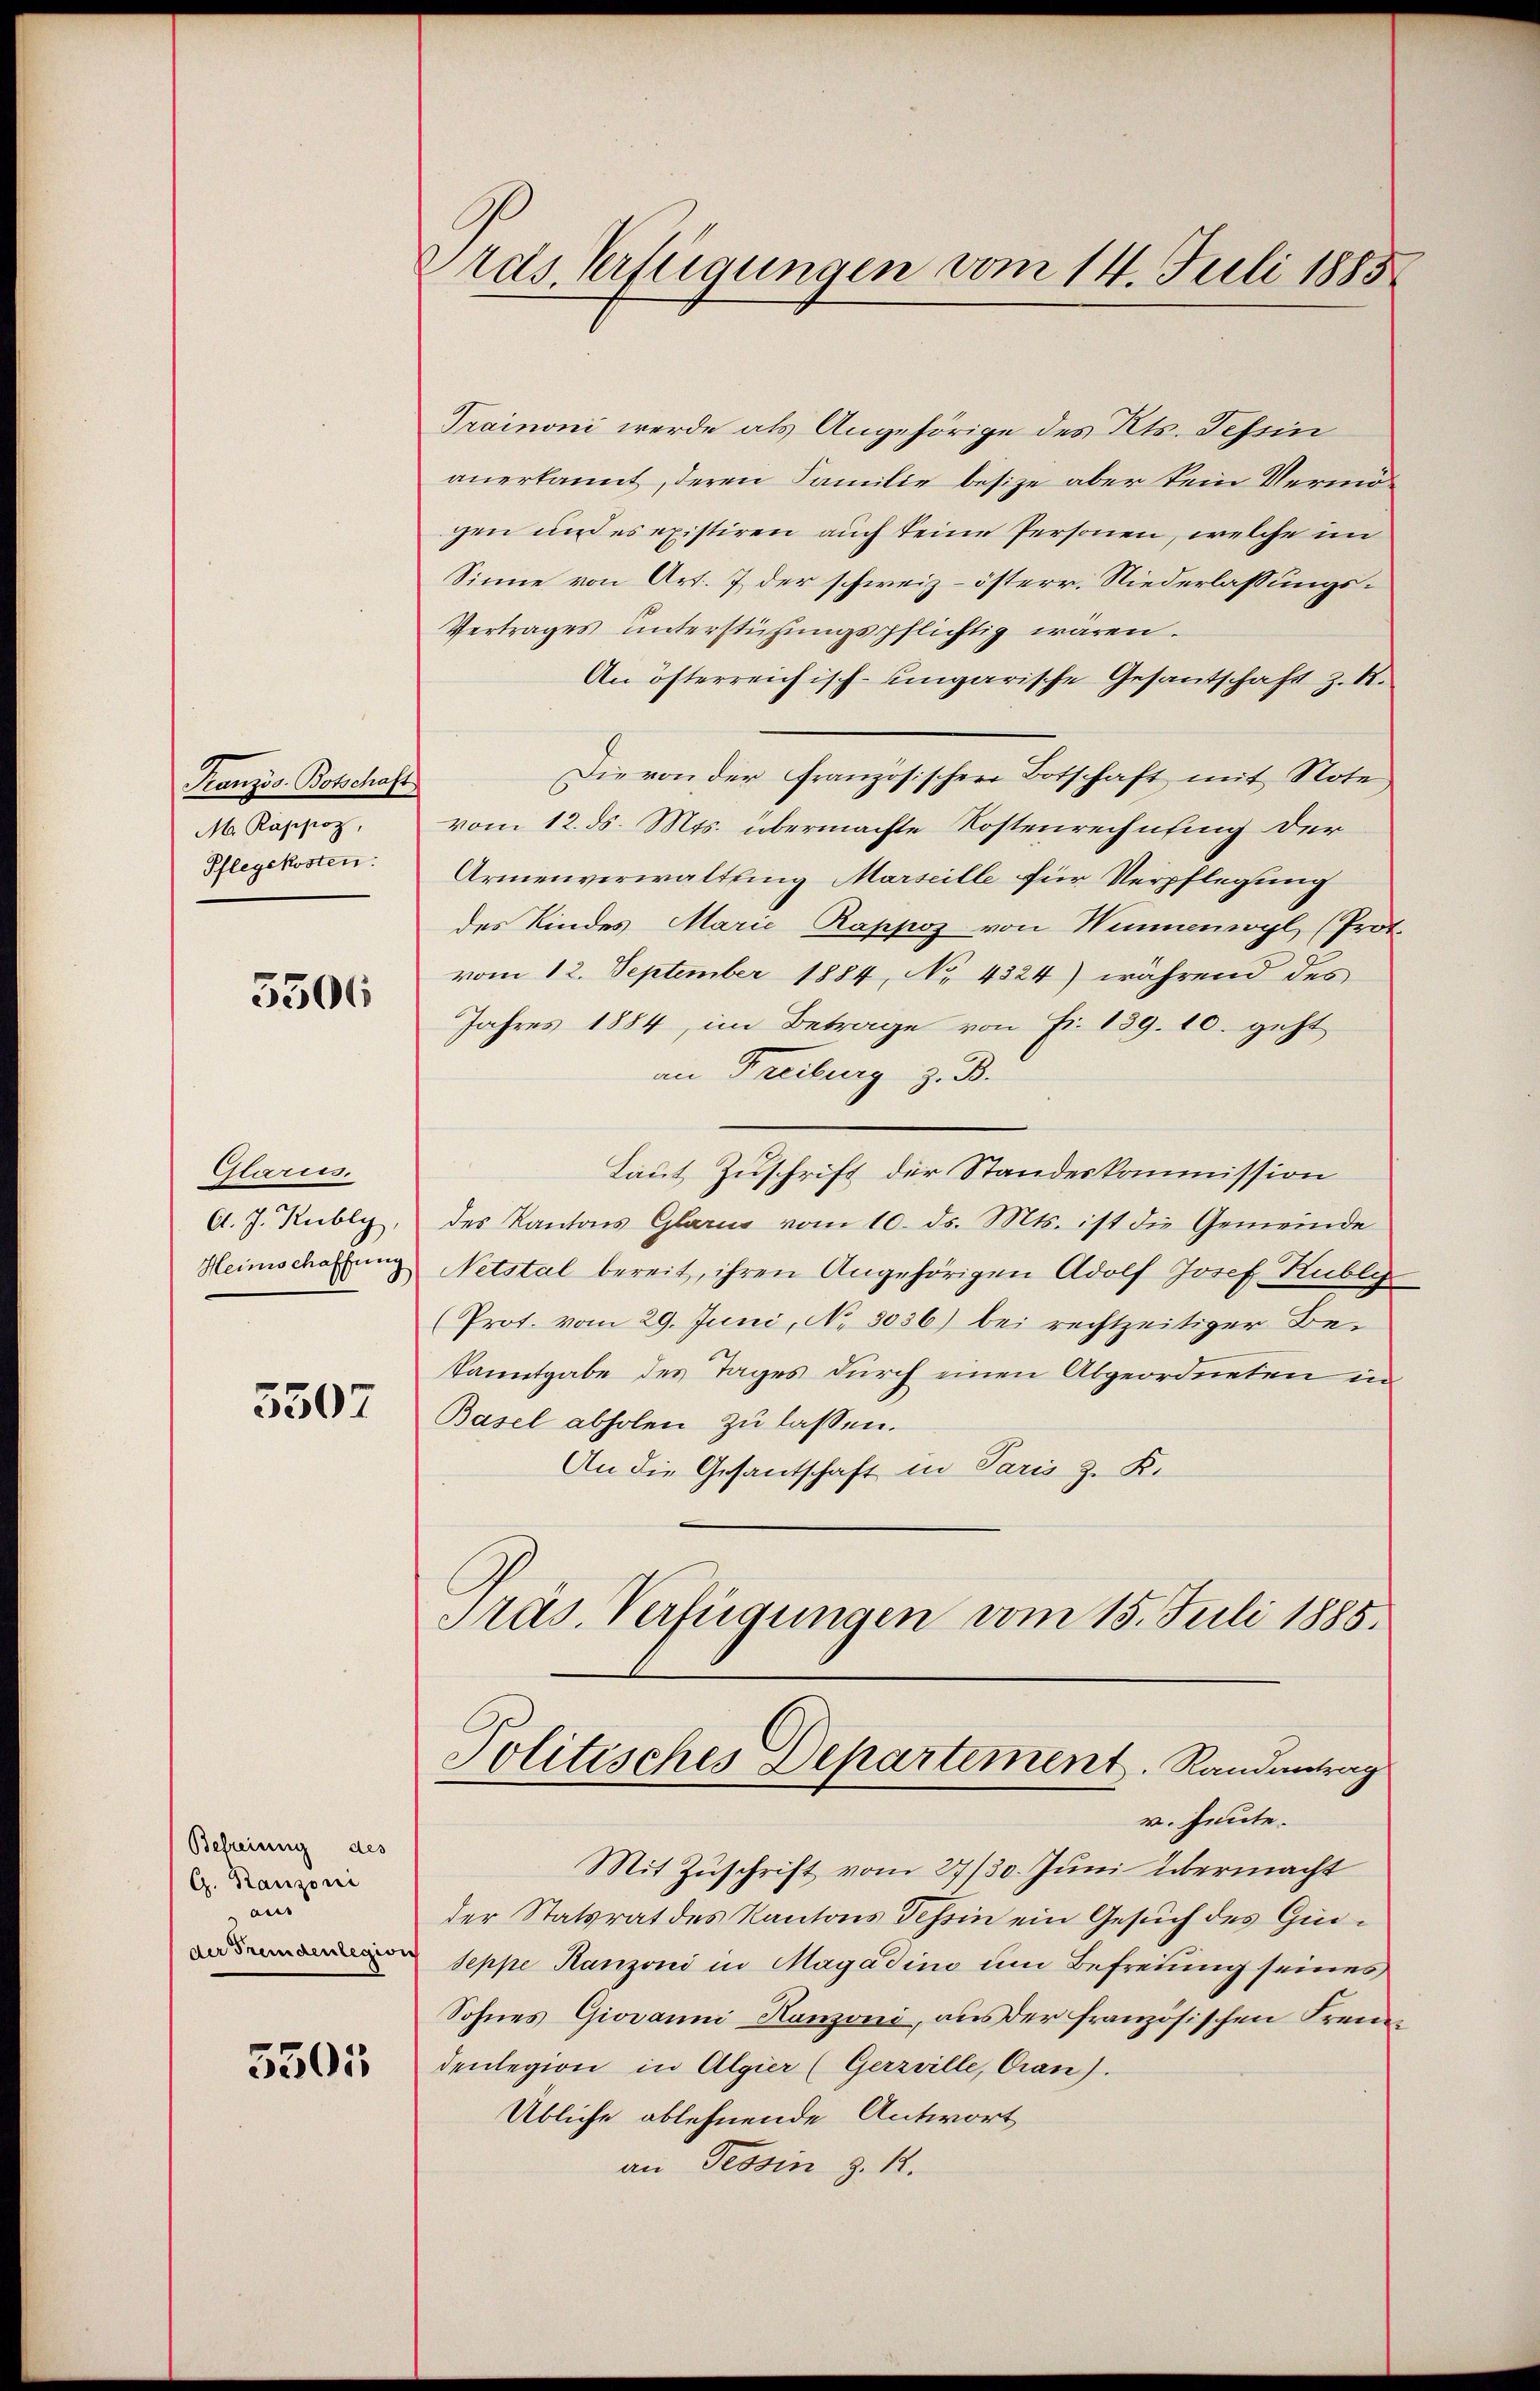
Kranzös. Botschaft
M. Rappoz,
Pflegekosten:

5506

Glarus.
A. J. Rubly,
Heimschaffung

3507

Befreiung des
G. Rausoni
aus
der Fremdenlegion

5501

Pras. Verfügungen vom 14. Juli 1885

Trainoni werde als Angehörige des Kts. Tessin
anerkannt, deren Familie besize aber kein Vermögen und es existiren auch keine Personen, welche im
Sinne von Art. 7 der schweiz. österr. Niederlassungs¬
Vertrages unterstühungspflichtig waren.
An öfterreichisch-ungarische Gesantschaft z. R.
Die von der französischen Botschaft mit Note
vom 12. ds. Mts. übermachte Kostenrechnung der
Armenverwaltung Marseille für Verpflegung
des Kindes Marić Rappoz von Wimmenwyl (Prot.
vom 12. September 1884, No 4324) während des
Jahres 1884, im Betrage von Fr. 139. 10. geht
an Freiburg z. B.
Laut Zuschrift der Standeskommission
des Kantons Glarus vom 10. ds. Mts. ist die Gemeinde
Netstal bereit, ihren Angehörigen Adolf Josef Kubli
Prot. vom 29. Juni, No. 8036) bei rechtzeitiger Bekanntgabe des Tages durch einen Abgeordneten in
Basel abholen zu lassen.
An die Gesantschaft in Paris z. K.
Präs. Verfügungen vom 15. Juli 1885.

Politisches Departement. Randantrag
v. Heute.

Mit Zuschrift vom 27/30. Juni übermacht
der Statsrat des Kantons Tessin ein Gesuch des Ginseppe Ranzoni in Magadini um Befreiung seines
Sohnes Giovanni Kanzoni, aus der französischen Fremdenlegion in Algier (Gerzville, Gran).
Übliche ablehnende Antwort
an Tessin d. M.